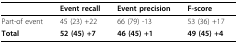
<table><thead><tr><td></td><td><b>Event recall</b></td><td><b>Event precision</b></td><td><b>F-score</b></td></tr></thead><tbody><tr><td>Part-of event</td><td>45 (23) +22</td><td>66 (79) -13</td><td>53 (36) +17</td></tr><tr><td><b>Total</b></td><td><b>52 (45) +7</b></td><td><b>46 (45) +1</b></td><td><b>49 (45) +4</b></td></tr></tbody></table>